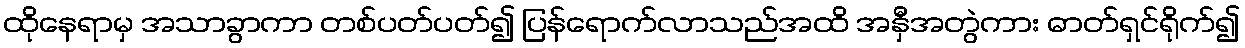
ထိုနေရာမှ အသာခွာကာ တစ်ပတ်ပတ်၍ ပြန်ရောက်လာသည်အထိ အနှီအတွဲကား ဓာတ်ရှင်ရိုက်၍